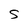
Character: S